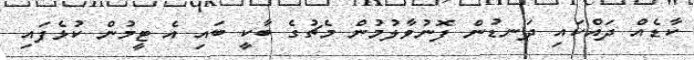
ކާޑެއް ދައްކައި ދަނޑުން ފޮނުވާލުމުން މެޗުގެ ބާކީ ބައި އެ ޓީމުން ކުޅެފައި